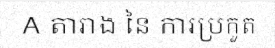
A តារាង នៃ ការប្រកួត